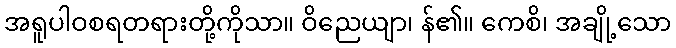
အရူပါဝစရတရားတို့ကိုသာ။ ဝိညေယျာ၊ န်၏။ ကေစိ၊ အချို့သော